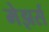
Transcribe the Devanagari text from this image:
मेझर्स